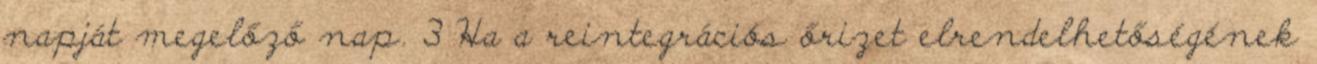
napját megelőző nap. 3 Ha a reintegrációs őrizet elrendelhetőségének